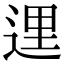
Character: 𨓦